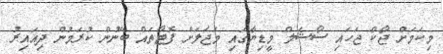
މިކަމަށް ޖޯކް ޖަހައި ސޯޝަލް މީޑިޔާގައި މަޖަލަށް ފޮޓޯތައް ބޭނުން ކުރަމުން ދިއައިރު